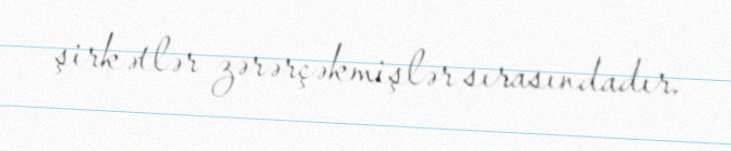
şirkətlər zərərçəkmişlər sırasındadır.